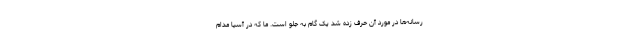
رسانه‌ها در مورد آن حرف زده شد یک گام به جلو است. ما که در آسیا مدام